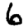
Digit: 6